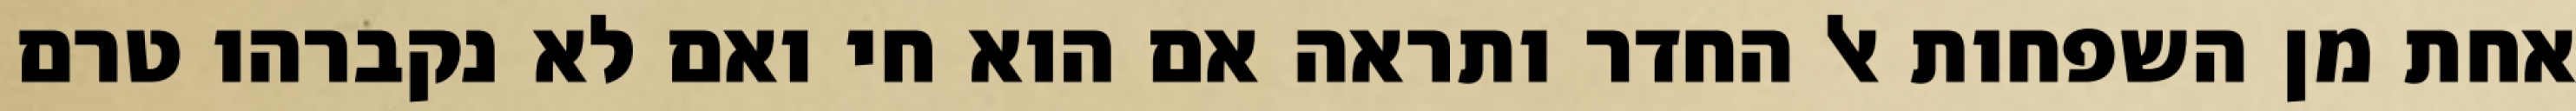
אחת מן השפחות אל החדר ותראה אם הוא חי ואם לא נקברהו טרם